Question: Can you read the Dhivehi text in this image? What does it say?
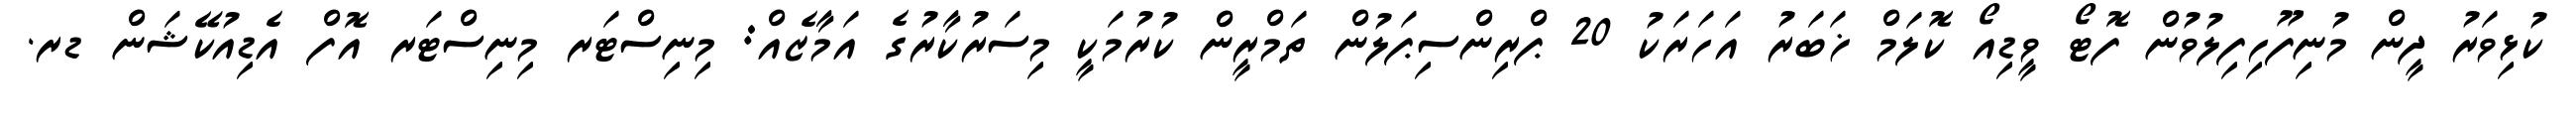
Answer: ކުޅިވަރު ދީން މުނިފޫހިފިލުވުން ފޮޓޯ ވީޑިއޯ ކޮލަމް ޚަބަރު އަހަރަކު 20 ޕްރިންސިޕަލުން ތަމްރީން ކުރުމަކީ މިސަރުކާރުގެ އަމާޒެއް: މިނިސްޓަރ މިނިސްޓަރ އޮފް އެޑިއުކޭޝަން ޑރ.